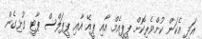
އަދި އެކަން ކުށްވެރިކޮށް ޕީޕީއެމް އާއި ޕީއޭ އާއި ޕީޕަލްސް ޕާޓީ ގުޅިގެން